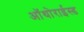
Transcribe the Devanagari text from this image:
ऑथोराईस्ड